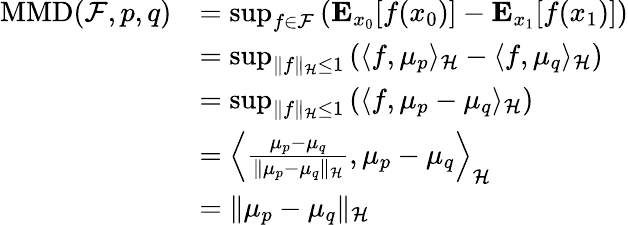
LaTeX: \begin{array}{rl}{\mathrm{MMD}(\mathcal{F},p,q)}&{=\operatorname*{sup}_{f\in\mathcal{F}}\left(\mathbf{E}_{x_{0}}[f(x_{0})]-\mathbf{E}_{x_{1}}[f(x_{1})]\right)}\\ &{=\operatorname*{sup}_{\| f\| _{\mathcal{H}}\leq 1}\left(\langle f,\mu_{p}\rangle_{\mathcal{H}}-\langle f,\mu_{q}\rangle_{\mathcal{H}}\right)}\\ &{=\operatorname*{sup}_{\| f\| _{\mathcal{H}}\leq 1}\left(\langle f,\mu_{p}-\mu_{q}\rangle_{\mathcal{H}}\right)}\\ &{=\left\langle\frac{\mu_{p}-\mu_{q}}{\| \mu_{p}-\mu_{q}\| _{\mathcal{H}}},\mu_{p}-\mu_{q}\right\rangle_{\mathcal{H}}}\\ &{=\| \mu_{p}-\mu_{q}\| _{\mathcal{H}}}\end{array}